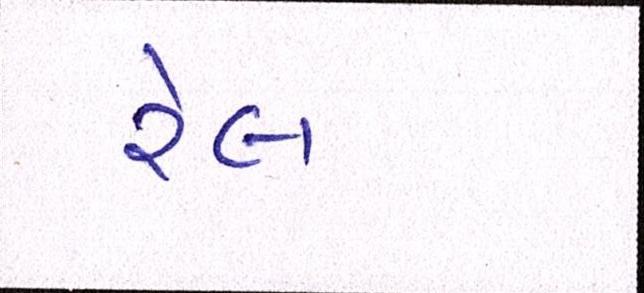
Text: રેલ